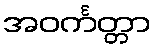
အဝင်္ကတ္တာ